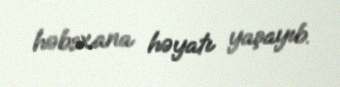
həbsxana həyatı yaşayıb.